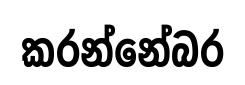
කරන්නේබර